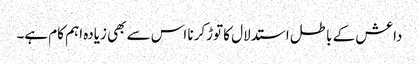
داعش کے باطل استدلال کا توڑکرنا اس سے بھی زیادہ اہم کام ہے۔